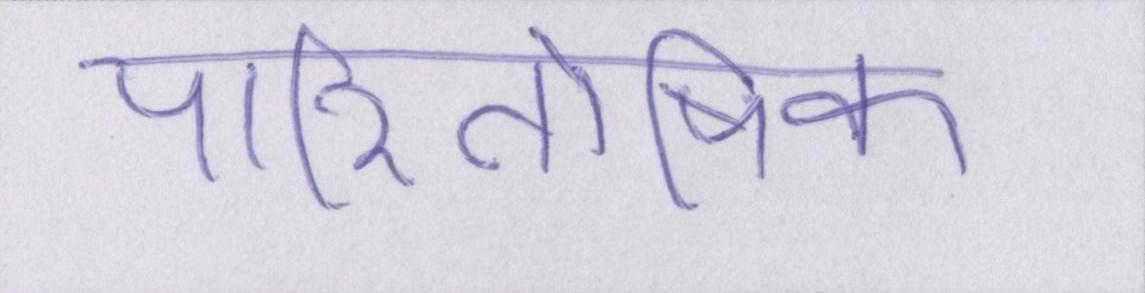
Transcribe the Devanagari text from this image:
पारितोषिक